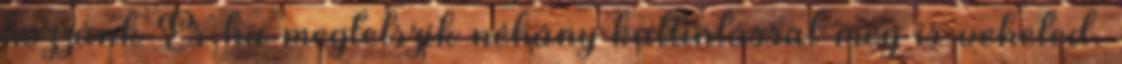
hozzánk És ha megtetszik néhány kattintással meg is veheted.